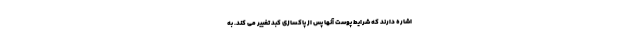
اشاره دارند که شرایط پوست آنها پس از پاکسازی کبد تغییر می کند. به